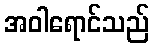
အဝါရောင်သည်